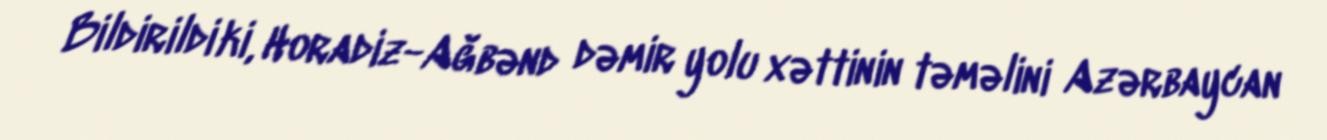
Bildirildi ki, Horadiz-Ağbənd dəmir yolu xəttinin təməlini Azərbaycan